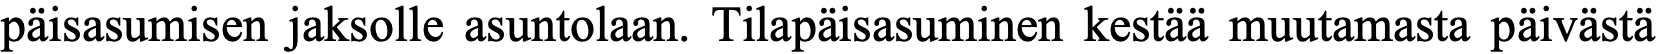
päisasumisen jaksolle asuntolaan. Tilapäisasuminen kestää muutamasta päivästä